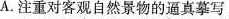
A.注重对客观自然景物的通真摹写